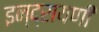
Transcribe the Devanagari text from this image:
इन्द्रायणी